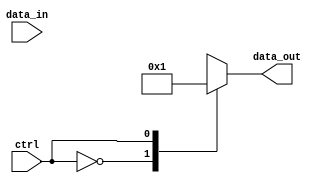
module mux_behavioral(input wire ctrl, input wire [1:0] data_in, output reg [1:0] data_out);

always @(*) begin
    case(ctrl)
        2'b00: data_out = 2'b00; // If ctrl is 00, output data_in[0]
        2'b01: data_out = 2'b01; // If ctrl is 01, output data_in[1]
        2'b1X: data_out = 2'b10; // If ctrl is 1X, output XX (don't care)
        default: data_out = 2'b11; // Default output
    endcase
end

endmodule